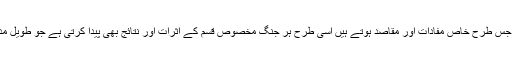
ہر جنگ کے جس طرح خاص مفادات اور مقاصد ہوتے ہیں اسی طرح ہر جنگ مخصوص قسم کے اثرات اور نتائج بھی پیدا کرتی ہے جو طویل مدتی ہوتے ہیں۔